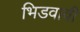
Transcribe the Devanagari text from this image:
भिडवावी